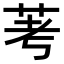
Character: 𫇷